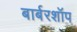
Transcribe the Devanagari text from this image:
बार्बरशॉप